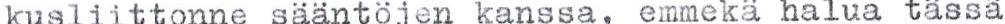
kusliittonne sääntöjen kanssa, emmekä halua tässä